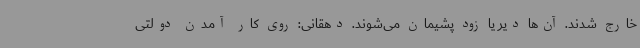
خارج شدند. آن‌ها دیر یا زود پشیمان می‌شوند. دهقانی: روی کار آمدن دولتی